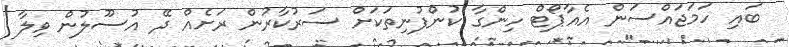
ބައި ހަމަޖައްސަން އެއާޕޯޓް ހިންގާ ކުންފުނިތަކަށް ސަރުކާރުން ރަށެއް ދޭ އުސޫލުން ވިލާ